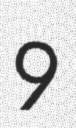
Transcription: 9